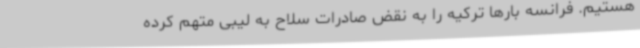
هستیم. فرانسه بارها ترکیه را به نقض صادرات سلاح به لیبی متهم کرده